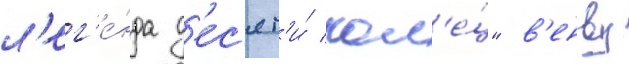
л'ег'е́нда д'ес'ят'и́ кол'е́ц" в'енву